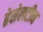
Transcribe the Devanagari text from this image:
हेसेलटीन